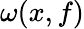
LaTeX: \omega(x,f)